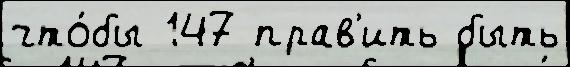
что́бы 147 прав'ить быть